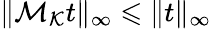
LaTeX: \| \mathcal{M}_{\mathcal{K}}t\| _{\infty}\leqslant\| t\| _{\infty}